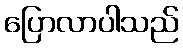
ပြောလာပါသည်